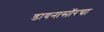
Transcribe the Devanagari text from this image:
डायनासॉरचा